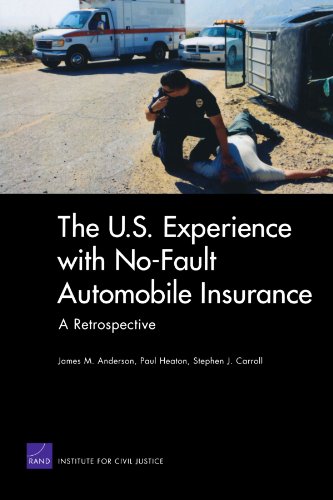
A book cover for The U.S. Experience with No-Fault Automobile Insurance: A Retrospective; Paul Heaton; Engineering & Transportation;